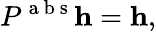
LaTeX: P^{\mathrm{~a~b~s~}}{\mathbf h}={\mathbf h},